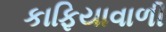
કાફિયાવાળી